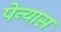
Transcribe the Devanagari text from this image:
पेन्यास